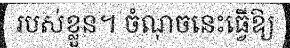
របស់ខ្លួន។ ចំណុចនេះធ្វើឱ្យ